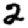
Digit: 2